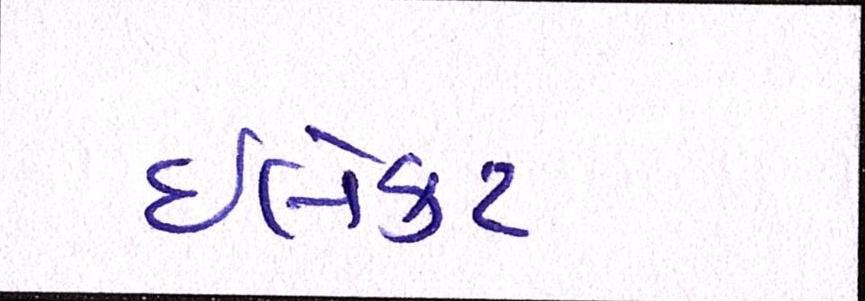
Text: ઈલેક્ટ